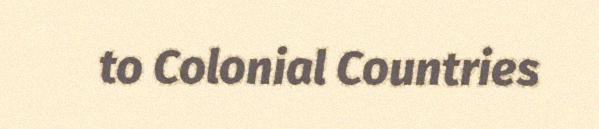
to Colonial Countries